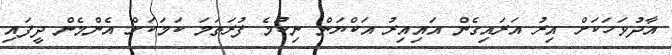
އާދުވަހަކަށް އިރު އަރައިގެން އައިއިރު އަކްޔަން ނިކުމެ ފުރަތަމަ ކަމަކަށް އެންމެން ދީފައި